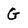
Character: G